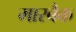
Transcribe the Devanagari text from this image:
मारबैक